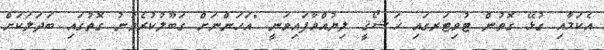
އެކަމާއި ގުޅޭ ގޮތުން ޓުވިޓަރގައި ޚަޝޯޤީ ލިޔުއްވާފައިވަނީ "އަހަންނަށް ގަބޫލުކުރެވުނު ގޮތުގައި ބަދަލަކަށް